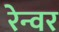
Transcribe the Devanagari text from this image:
रेन्वर